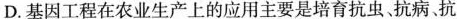
D.基因工程在农业生产上的应用主要是培育抗虫、抗病、抗